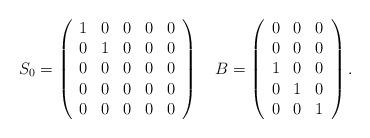
LaTeX: \begin{align*}S_0 = \left(\begin{array}{ccccc} 1 & 0 & 0 & 0 & 0\\ 0& 1 & 0 & 0 & 0\\ 0 & 0 & 0 & 0 & 0\\ 0 & 0 & 0 & 0 & 0\\ 0 & 0 & 0 & 0 & 0 \end{array}\right) & \;\;\;\; B = \left(\begin{array}{ccccc} 0 & 0 & 0\\ 0 & 0 & 0\\ 1 & 0 & 0\\ 0 & 1 & 0\\ 0 & 0 & 1 \end{array}\right) .\end{align*}